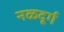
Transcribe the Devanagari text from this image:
नळदूर्ग